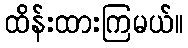
ထိန်းထားကြမယ်။